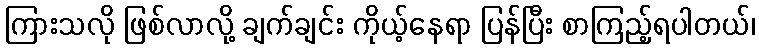
ကြားသလို ဖြစ်လာလို့ ချက်ချင်း ကိုယ့်နေရာ ပြန်ပြီး စာကြည့်ရပါတယ်၊